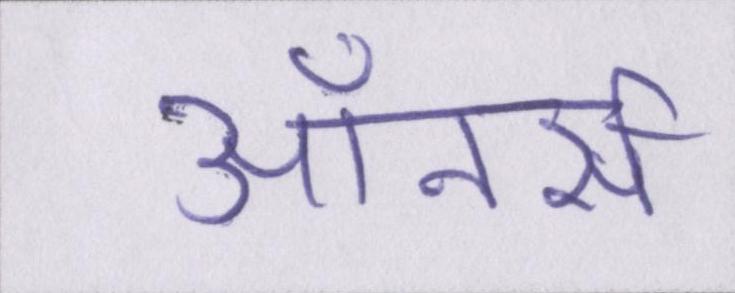
ऑनर्स